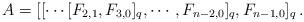
LaTeX: \begin{align*}A= [[\cdots [F_{2,1},F_{3,0}]_{q},\cdots,F_{n-2,0}]_q,F_{n-1,0}]_{q}\,.\end{align*}